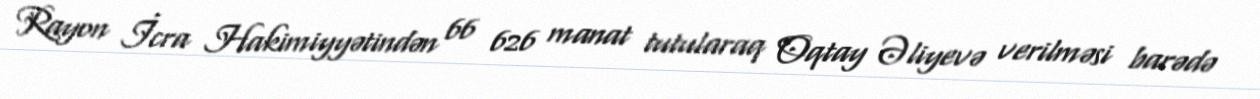
Rayon İcra Hakimiyyətindən 66 626 manat tutularaq Oqtay Əliyevə verilməsi barədə